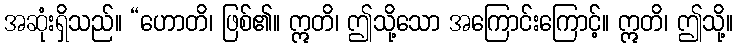
အဆုံးရှိသည်။ “ဟောတိ၊ ဖြစ်၏။ ဣတိ၊ ဤသို့သော အကြောင်းကြောင့်။ ဣတိ၊ ဤသို့။